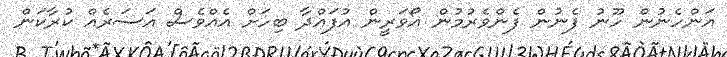
އަންހެނުން ހޫނު ފެނުން ފެންވެރުމުން އޯވަރީން އުފައްދާ ބިހަށް އެއްވެސް އަސަރެއް ކުރާކަން